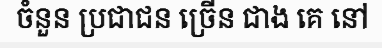
ចំនួន ប្រជាជន ច្រើន ជាង គេ នៅ